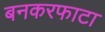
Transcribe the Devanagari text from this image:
बनकरफाटा